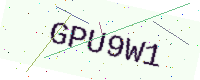
Text: GPU9W1